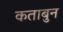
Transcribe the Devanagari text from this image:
कताबुन